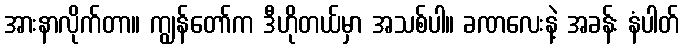
အားနာလိုက်တာ။ ကျွန်တော်က ဒီဟိုတယ်မှာ အသစ်ပါ။ ခဏလေးနဲ့ အခန်း နံပါတ်